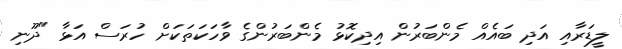
ލީޑަރާއި އަދި ބައެއް މެންބަރުން އިދިކޮޅު މެންބަރުންގެ ވާހަކަތަކަށް ހުރަސް އަޅާ "ދޫނި